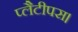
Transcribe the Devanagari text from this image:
प्लैटीपस।